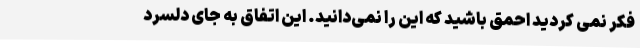
فکر نمی کردید احمق باشید که این را نمی‌دانید. این اتفاق به جای دلسرد